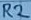
Text: R2